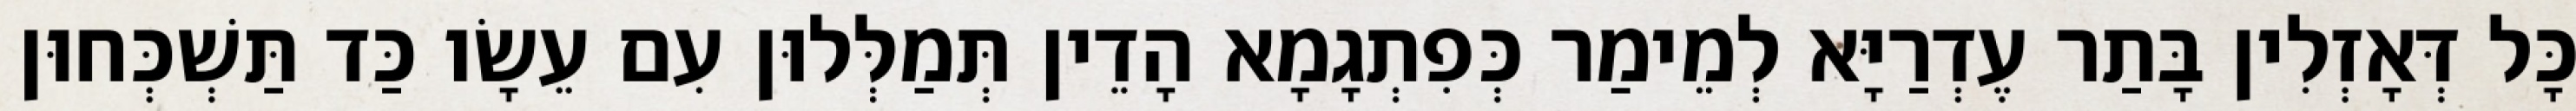
כָּל דְּאָזְלִין בָּתַר עֶדְרַיָּא לְמֵימַר כְּפִתְגָמָא הָדֵין תְּמַלְּלוּן עִם עֵשָׂו כַּד תַּשְׁכְּחוּן